Annual report on the Civil Veterinary Department, Burma (including the Insein Veterinary School) - 1923-1931
Year: 1923
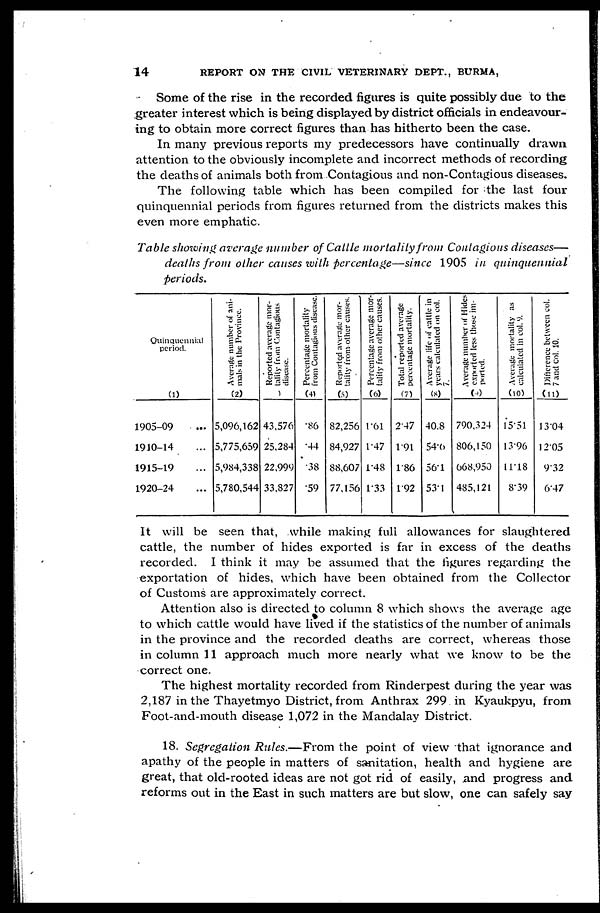
14
REPORT ON THE CIVIL VETERINARY DEPT., BURMA,
Some of the rise in the recorded figures is quite possibly due to the
greater interest which is being displayed by district officials in endeavour-
ing to obtain more correct figures than has hitherto been the case.
In many previous reports my predecessors have continually drawn
attention to the obviously incomplete and incorrect methods of recording
the deaths of animals both from Contagious and non-Contagious diseases.
The following table which has been compiled for the last four
quinquennial periods from figures returned from the districts makes this
even more emphatic.
Table showing average number of Cattle mortality from Contagious diseases—
deaths from other causes with percentage—since 1905 in
quinquennial
periods.
Quinquennial
period.
(1)
1905-09 ...
1910-14 ...
1915-19 ...
1920-24 ...
Average number of ani-
mals in the Province.
(2)
5,096,162
5,775,659
5,984,338
5,780,544
Reported average mor-
tality from Contagious
disease.
(3)
43,576
25,284
22,999
33,827
Percentage mortality
from Contagious disease.
(4)
.86
.44
.38
.59
Reported average mor-
tality from other causes.
(5)
82,256
84,927
88,607
77,156
Percentage average mor-
tality from other causes.
(6)
1.61
1.47
1.48
1.33
Total reported average
percentage mortality.
(7)
2.47
1.91
1.86
1.92
Average life of cattle in
years calculated on col.
7.
(8)
40.8
54.0
56.1
53.1
Average number of Hides
exported less those im-
ported.
(9)
790,324
806,150
668,950
485,121
Average mortality as
calculated in col. 9.
(10)
15.51
13.96
11.18
8.39
Difference
between col.
7 and col. 10.
(11)
13.04
12.05
9.32
6.47
It will be seen that, while making full allowances for slaughtered
cattle, the number of hides exported is far in excess of the deaths
recorded. I think it may be assumed that the figures regarding the
exportation of hides, which have been obtained from the Collector
of Customs are approximately correct.
Attention also is directed to column 8 which shows the average age
to which cattle would have lived if the statistics of the number of animals
in the province and the recorded deaths are correct, whereas those
in column 11 approach much more nearly what we know to be the
correct one.
The highest mortality recorded from Rinderpest during the year was
2,187 in the Thayetmyo District, from Anthrax 299 in Kyaukpyu, from
Foot-and-mouth disease 1,072 in the Mandalay District.
18. Segregation Rules.—From the point of view that ignorance and
apathy of the people in matters of sanitation, health and hygiene are
great, that old-rooted ideas are not got rid of easily, and progress and
reforms out in the East in such matters are but slow, one can safely say